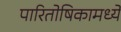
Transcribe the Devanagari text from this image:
पारितोषिकामध्ये